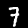
Label: 7